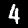
Label: 4